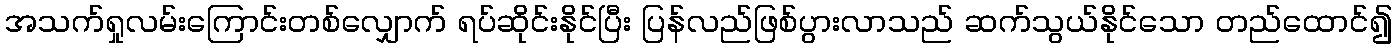
အသက်ရှုလမ်းကြောင်းတစ်လျှောက် ရပ်ဆိုင်းနိုင်ပြီး ပြန်လည်ဖြစ်ပွားလာသည် ဆက်သွယ်နိုင်သော တည်ထောင်၍